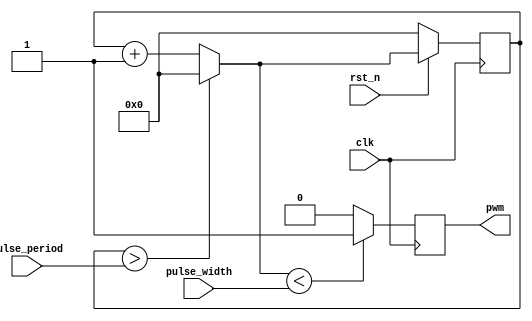
module PWM_counter (input wire [7:0] pulse_width, input wire [7:0] pulse_period, input wire clk, input wire rst_n, output wire pwm );
reg d, q;
reg [3:0] count_q,count_d;
assign pwm = q;
assign rst = ~rst_n;

always @ (*)
begin
	count_d = count_q + 1'b1; 
if (count_q > pulse_period)
	count_d = 0;
	d = (count_d< pulse_width)?1'b1:1'b0;
end

always @ (posedge clk)begin
if (rst) begin
	count_q <= 8'b0;
end 
else begin
	count_q <= count_d;
end
	q<=d;
end
assign pwm = q;

endmodule